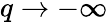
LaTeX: q\to-\infty